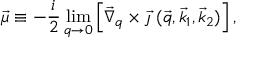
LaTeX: \vec { \mu } \equiv - \frac { i } { 2 } \operatorname * { l i m } _ { q \rightarrow 0 } \left[ \vec { \nabla } _ { q } \times \vec { \jmath } \: ( \vec { q } , \vec { k } _ { 1 } , \vec { k } _ { 2 } ) \right] ,